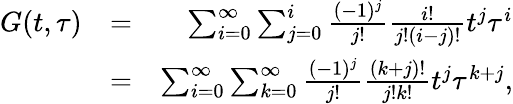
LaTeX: \begin{array}{rlr}{G(t,\tau)}&{=}&{\sum_{i=0}^{\infty}\sum_{j=0}^{i}\frac{(-1)^{j}}{j!}\frac{i!}{j!(i-j)!}t^{j}\tau^{i}}\\ &{=}&{\sum_{i=0}^{\infty}\sum_{k=0}^{\infty}\frac{(-1)^{j}}{j!}\frac{(k+j)!}{j!k!}t^{j}\tau^{k+j},}\end{array}